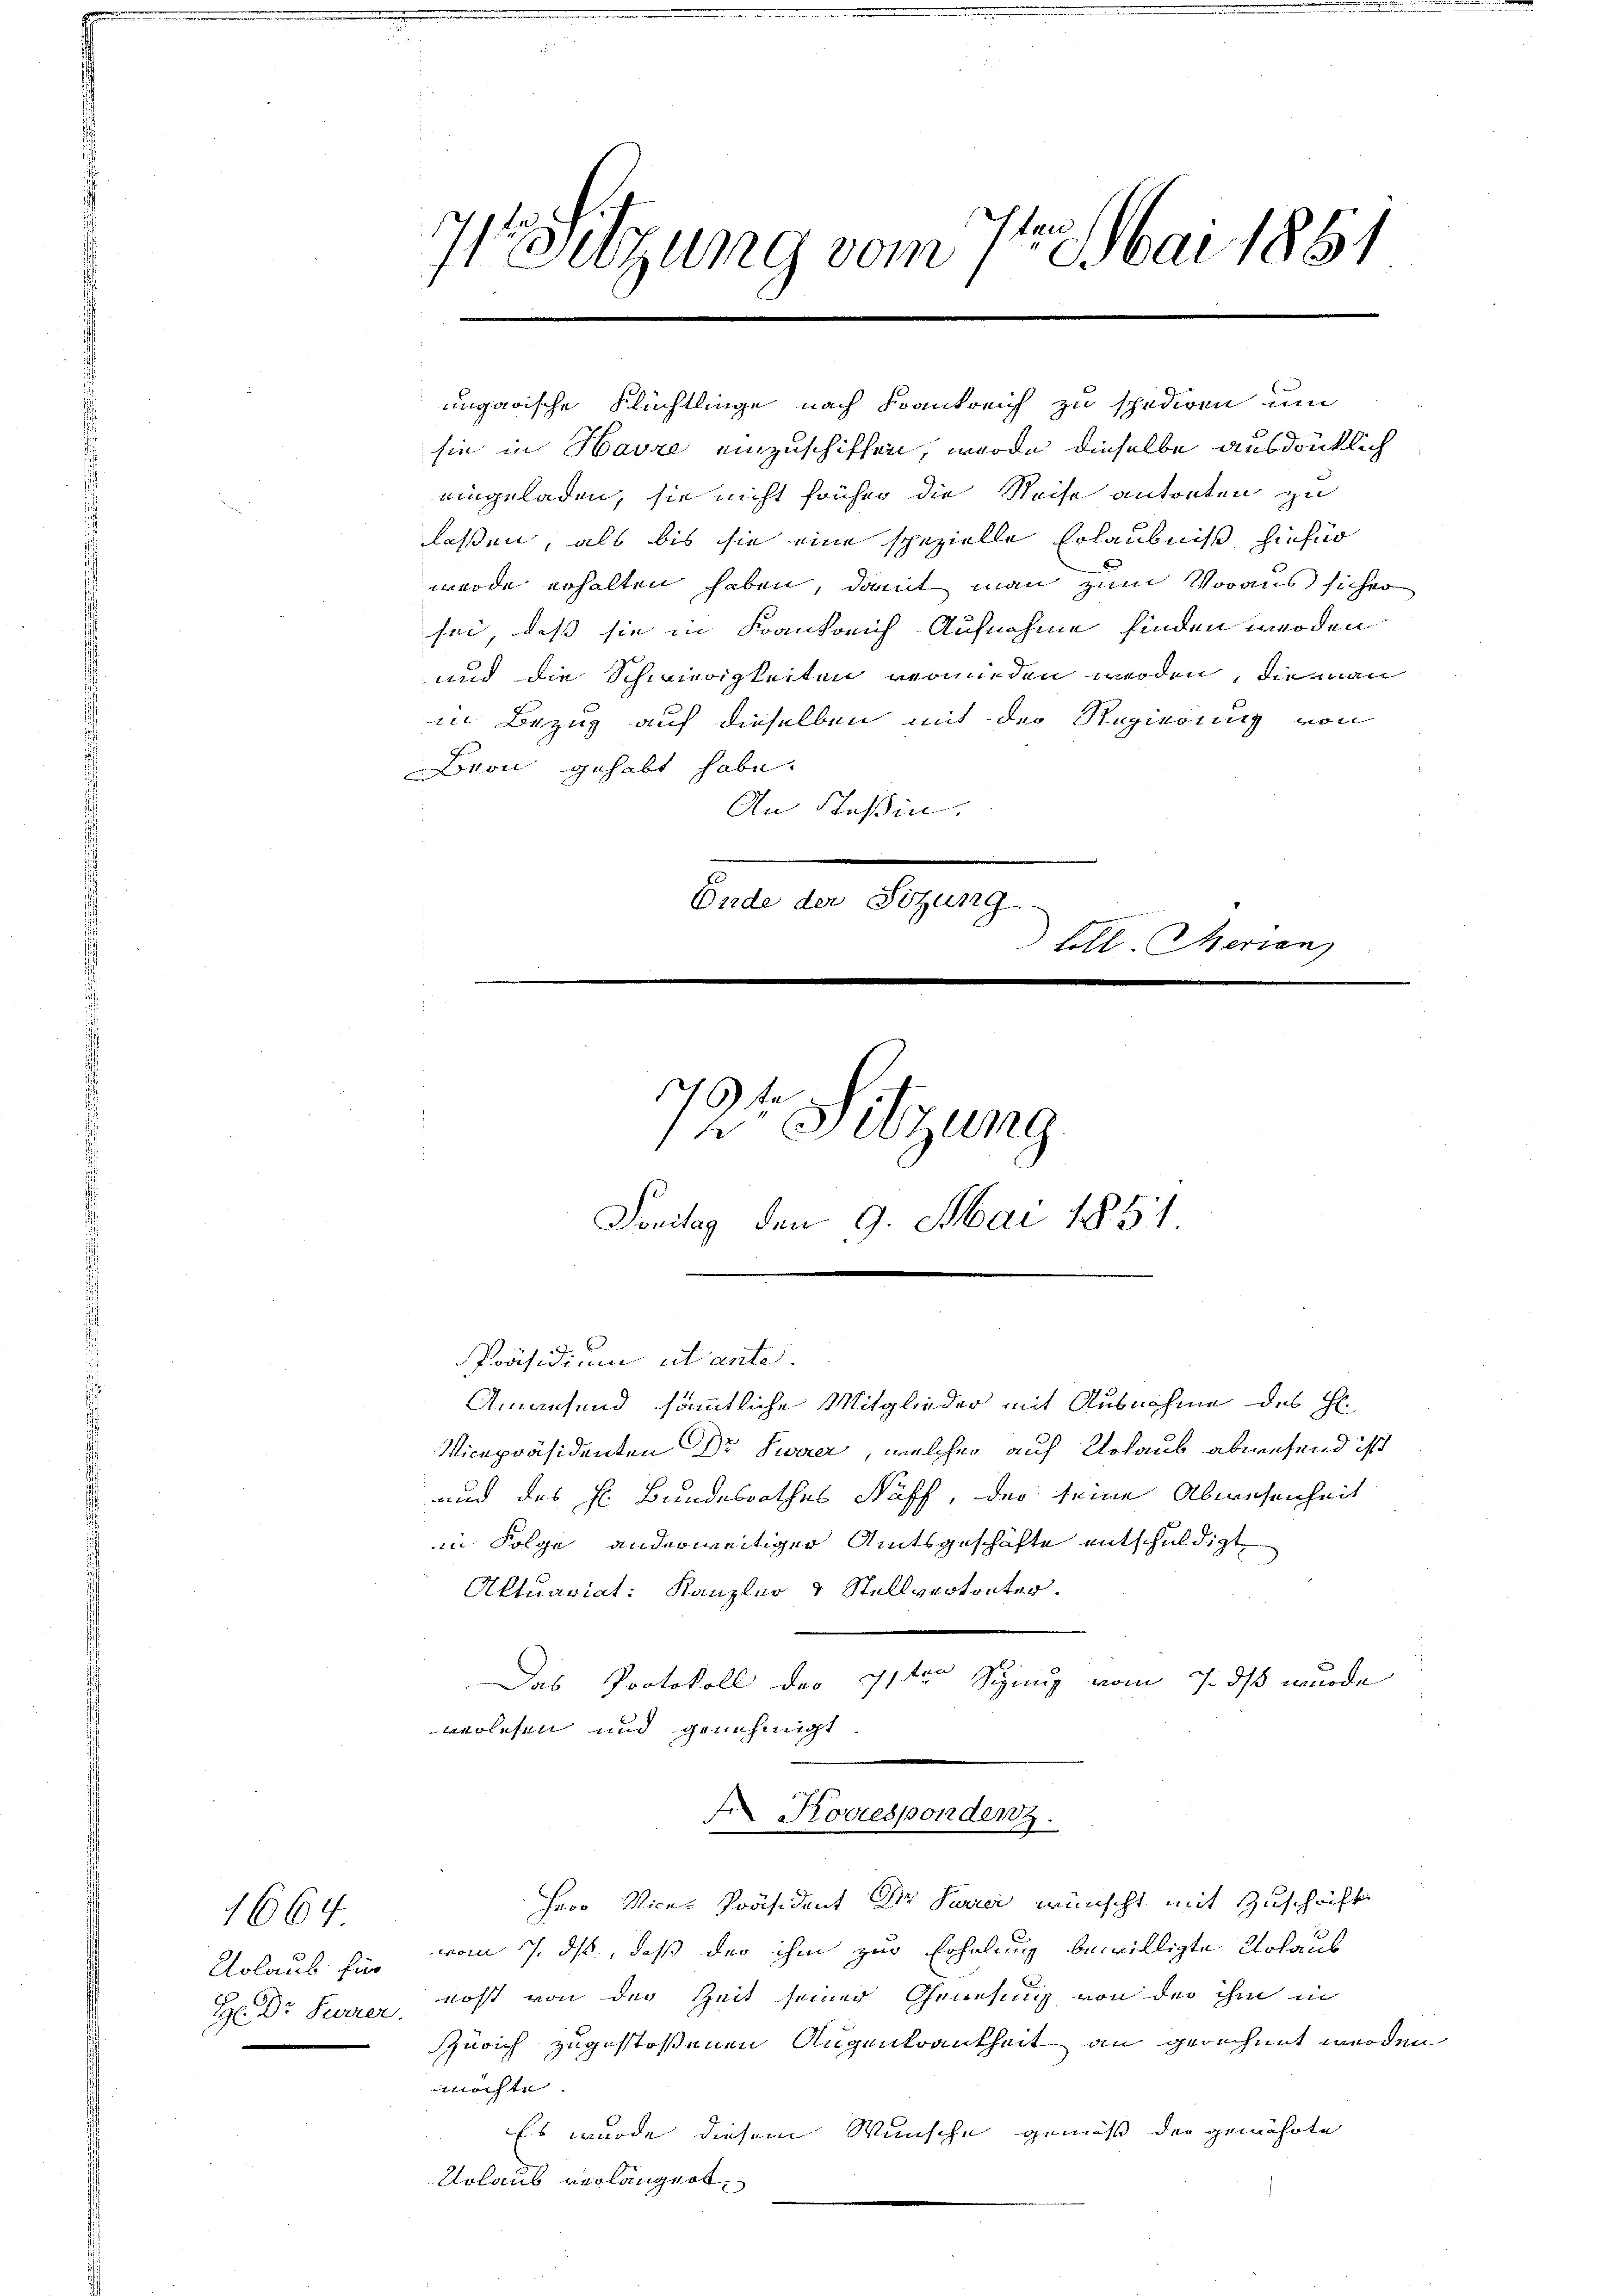
1664

71. Sitzung vom 7te͇n Mai 1881

ungarische Flüchtlinge nach Krankreich zu spediren um
sie in Havre einzuschiffen, werde dieselbe ausdrücklich
eingeladen, sie nicht früher die Reise antorten zu
laßen, als bis sie eine spezielle Erlaubniß hiefür
wurde erhalten haben, damit man zum Voraus sicher
sei, daß sie in Krankreich Aufnahme finden werden
und die Schwierigkeiten vermieden werden, die man
in Bezug auf dieselben mit der Regierung von
Drou gehabt habe.
An Stoßin.
Ende der Sitzung
Loll. Merian
¬

72. Sitzung
Foritag den 9. Mai 1851.

Präsidium ut ante.
Amausend sämmtliche Mitglieder mit Ausnahme des Hl.
Vicepräsidenten Dr Sweer, welcher auf Urlaub abwesend ist
und des H. Bundesrathes Naff, der seine Abwesenheit
in Folge anderweitiger Amtsgeschäfte entschuldigt
Aktuariat: Kanzler & Stellvertreter.
Das Protokoll des 11te͇n Seiz vom 7. ds wurde
wolehen und genehmigt.
Koveespondenz.
Herr Vice-Präsident Dr Surrei wünscht mit Zuschrift
Urlaub fi vom 7. ds, daß der ihm zur Erholung bewilligte Urlaub
H Dr. Furrer, Rost von der Zeit seiner Genehmig von der ihm in
Zürich zugestoßenen Augenkrankheit an gerechnet werden
möchte. |
Es wurde diesem Wunsche gemäß der gewährte
Urlaub verlängert,